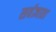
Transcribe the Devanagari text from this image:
सर्वज्ञाता